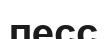
лесс